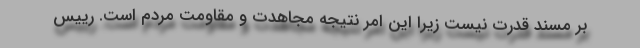
بر مسند قدرت نیست زیرا این امر نتیجه مجاهدت و مقاومت مردم است. رییس